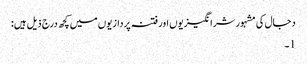
دجال کی مشہور شرانگیزیوں اور فتنہ پردازیوں میں کچھ درج ذیل ہیں:
1۔